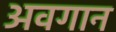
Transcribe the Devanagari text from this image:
अवगान